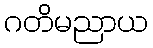
ဂတိမညာယ